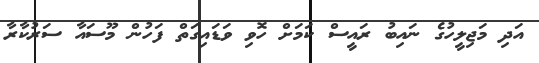
އަދި މަޖިލީހުގެ ނައިބު ރައީސް ކަމަށް ހޮވި ވަޑައިގަތް ފަހުން މޫސައާ ސަރުކާރާ